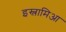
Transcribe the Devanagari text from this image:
इस्लामिआ